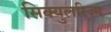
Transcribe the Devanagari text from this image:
सिक्युलरिज्म